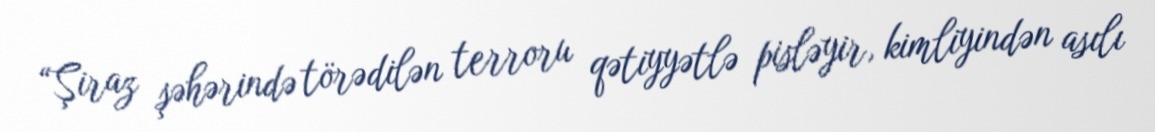
“Şiraz şəhərində törədilən terroru qətiyyətlə pisləyir, kimliyindən asılı